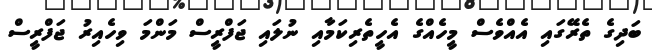
ބަދިގެ ތެރޭގައި އެއްވެސް މީހެއްގެ އެހީތެރިކަމާއި ނުލައި ޖަފްރީސް މަންމަ ވިހެއިރު ޖަފްރީސް